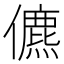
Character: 儦